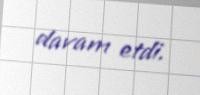
davam etdi.